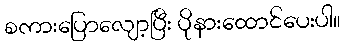
စကားပြောလျော့ပြီး ပိုနားထောင်ပေးပါ။